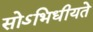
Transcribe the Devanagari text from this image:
सोऽभिधीयते